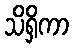
သိရှိကာ